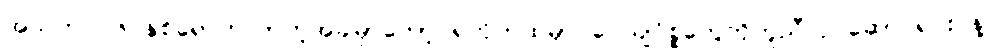
အသက် ၁၆ နှစ်ရောက်လာတဲ့အခါမှာတော့ ရဲတိုက်ထဲမှာ ဝေယျဝိစ္စတွေကိုကူညီလုပ်ဆောင်ရင်း နဲ့